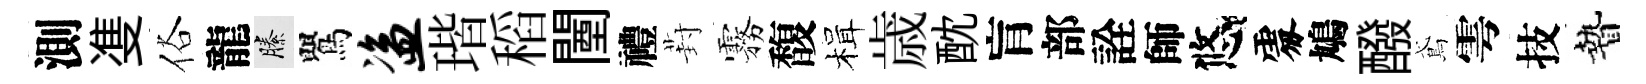
測㕠俗龍縢鸎盗瑎稻闉禮葑霧馥楫歳酖肓部詮師悠𠁅鳩醱鳶雩技贄